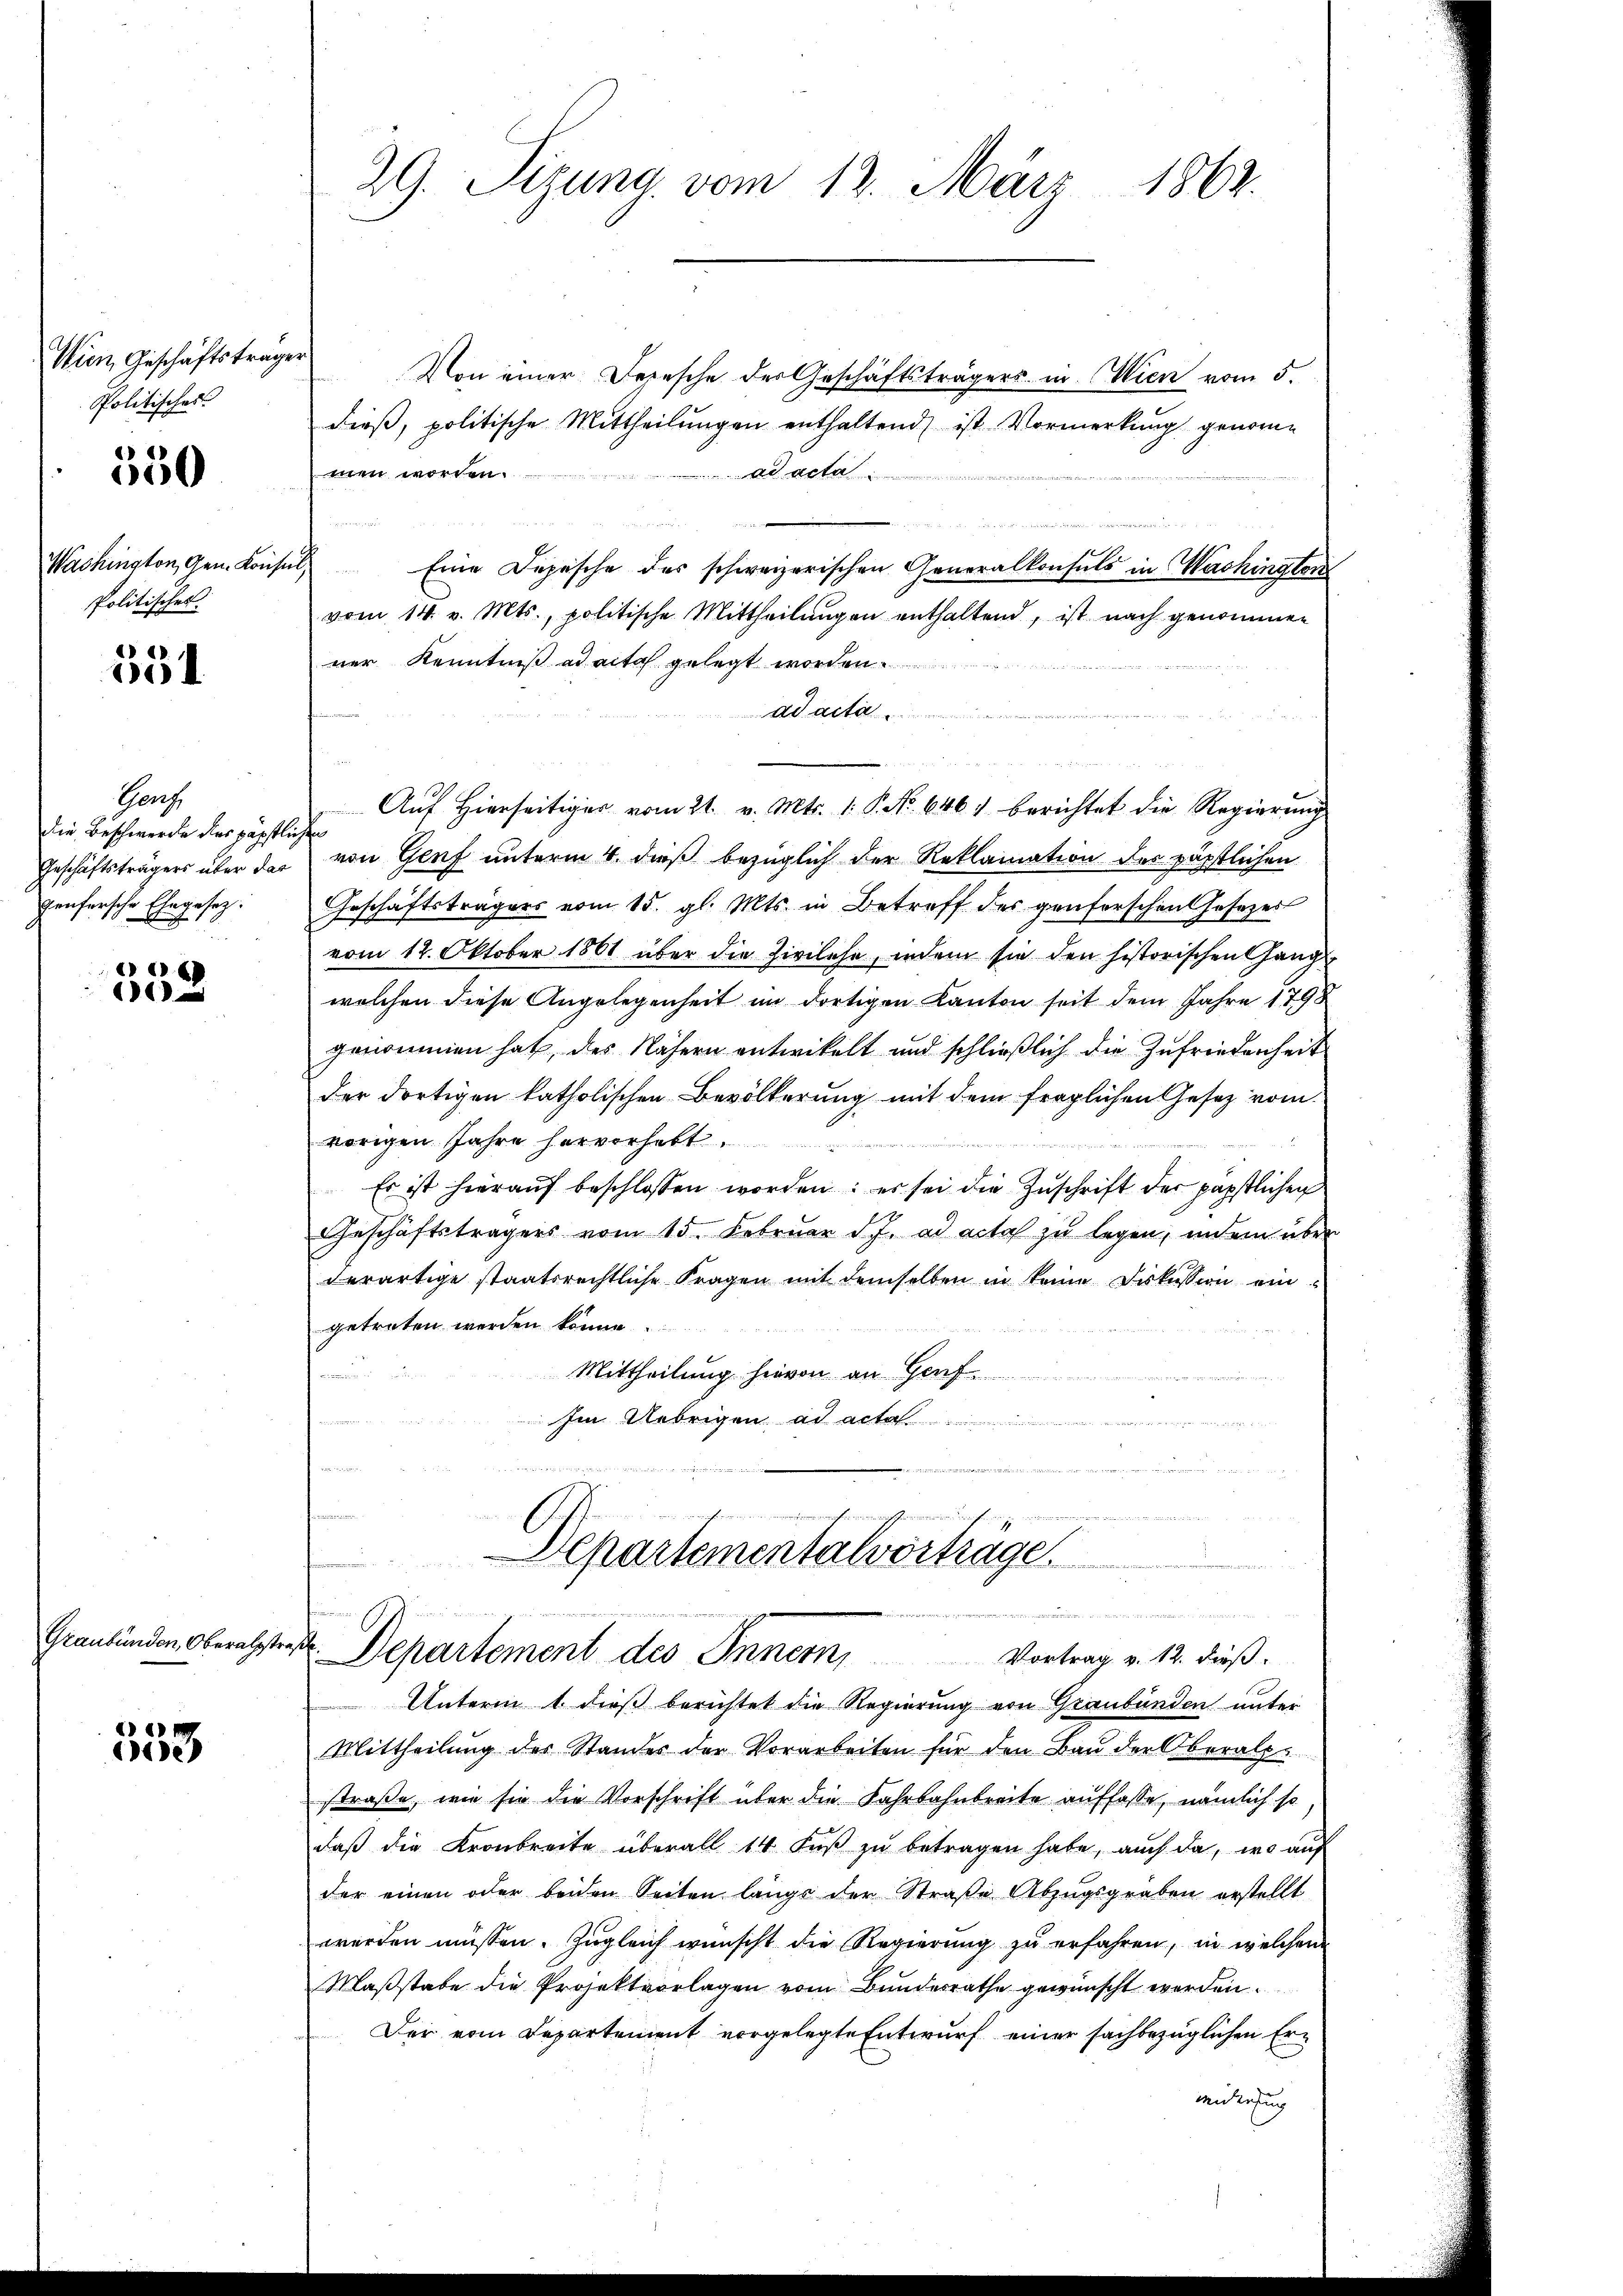
Wien, Geschäftsträge.
Politisches

550

Washington, Gen. Konst
Politisches

12)
0.

Genz
die Beschwerde des päpstlich
Geschäftsträgers über das
genhersche Ehegesetz.

6
1

Graubünden, Oberalstr

353

29. Sizung vom 12. März 1862.

Von einer Depesche der Geschäftsträgers in Wien vom 5.
dieß, politische Mittheilungen enthaltend ist Vormerkung genomme
ad acta
men worden.

Eine Depesche des schweizerischen Generalkonsuls in Washington
vom 14. v. Mts., politische Mittheilungen enthaltend, ist nach genommen
ner Kenntniß ad acta gelegt worden.
ad act

Auf Hierseitiger vom 21. v. Mts. 1. P. No 646. berichtet die Regierung
f
von Genf unterm 4. dieß bezüglich der Reklamation des päpstlichen
Geschäftsträgers vom 15. gl. Mts. in Betreff der genferschenlosezes
vom 12. Oktober 1861 über die Zivilehe, indem sie den historischen Gang
welchen diese Angelegenheit im dortigen Kanton seit dem Jahre 1798
genommen hat, des Nähern entwickelt und schließlich die Zufriedenheit
der dortigen katholischen Bevölkerung mit dem fraglichen Gesetz vom
vorigen Jahre hervorhabt.
Er ist hieraŭf beschlossen worden: es sei die Zŭschrift der päpstlichen
Geschäftsträgers vom 15. Februar d. J. ad acta zu legen, indem über
derartige staatsrechtliche Fragen mit demselben in keine Diskussion eingetreten werden könne
Mittheilung hievon an Genf
n
Im Uebrigen ad act

e
Departementalvorträge.
.
Departement des Inner Vortrag v. 12. dieß.
Unterm 1. dieß berichtet die Regierung von Graubünden unter
Mittheilung des Standes der Vorarbeiten für den Bau der Oberalpr
straße, wie sie die Vorschrift über die Fahrbahnbreite auffasse, nämlich so
daß die Kronbreite überall 14. Fuß zu betragen habe, auch da, wo auf
der einen oder beiden Seiten länge der Straße Abzugsgraben erstellt
werden müssen. Zugleich wünscht die Regierung zu erfahren, in welchem
Maßstabe die Projektvorlagen vom Bundesrathe gewünscht werden.
Der vom Departement vorgelegte Entwurf einer sachbezüglichen Erwiderrung